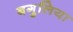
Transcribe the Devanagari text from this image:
बगुलिया